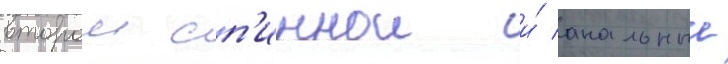
второи сп'иннои и́ анальныи